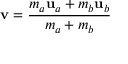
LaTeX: \mathbf { v } = { \frac { m _ { a } \mathbf { u } _ { a } + m _ { b } \mathbf { u } _ { b } } { m _ { a } + m _ { b } } }